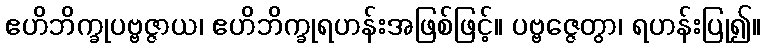
ဧဟိဘိက္ခုပဗ္ဗဇ္ဇာယ၊ ဧဟိဘိက္ခုရဟန်းအဖြစ်ဖြင့်။ ပဗ္ဗဇ္ဇေတွာ၊ ရဟန်းပြု၍။